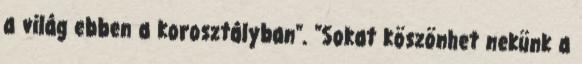
a világ ebben a korosztályban". "Sokat köszönhet nekünk a